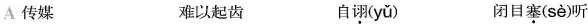
A传媒 难以起齿 自诩( yǔ ) 闭目塞( sè )听